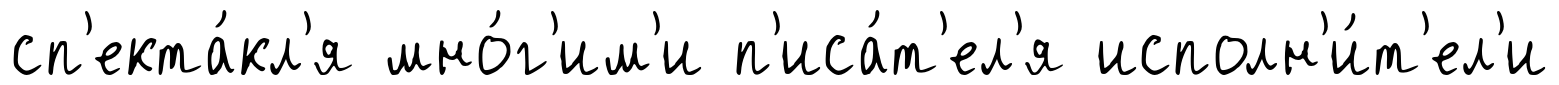
сп'екта́кл'я мно́г'им'и п'иса́т'ел'я исполн'и́т'ел'и